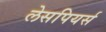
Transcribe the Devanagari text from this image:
लेसपियर्स